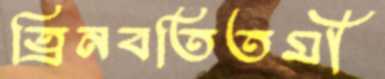
ত্রিনবতিতমী